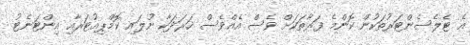
އެ ޓެލެސެންޓަރުތަކުން ކޮންމެ ފަރާތަކަށް ވެސް އެއްވެސް ޚަރަދަކާ ނުލައި ކޮމްޕިއުޓަރާއި އިންޓަނެޓު